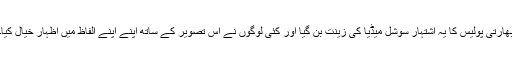
بھارتی پولیس کا یہ اشتہار سوشل میڈیا کی زینت بن گیا اور کئی لوگوں نے اس تصویر کے ساتھ اپنے اپنے الفاظ میں اظہار خیال کیا۔